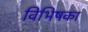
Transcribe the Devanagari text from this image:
विभिषका